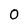
Character: 0